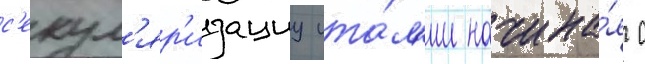
с'екул'яр'изациу ита́л'ии начина́я с